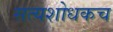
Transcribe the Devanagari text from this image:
सत्यशोधकच